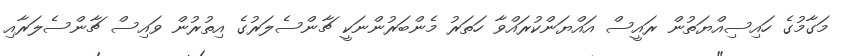
މަގާމުގެ ހައިސިއްޔަތުން ރައީސް އައްޔަންކުރައްވާ ހަތަރު މެންބަރުންނަކީ ޗާންސެލަރުގެ އިތުރުން ވައިސް ޗާންސެލަރާއި